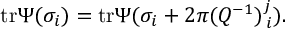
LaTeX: \mathrm { t r } \Psi ( \sigma _ { i } ) = \mathrm { t r } \Psi ( \sigma _ { i } + 2 \pi ( Q ^ { - 1 } ) _ { \, i } ^ { j } ) .